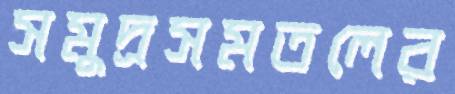
সমুদ্রসমতলের